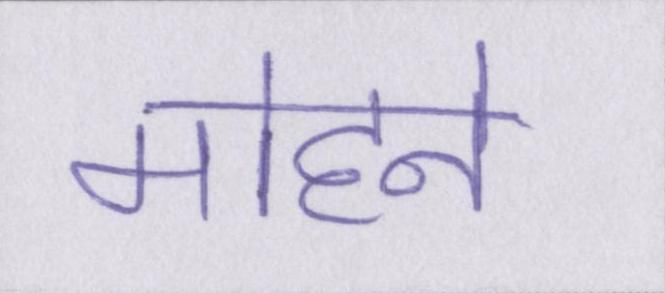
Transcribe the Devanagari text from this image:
मोहने